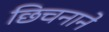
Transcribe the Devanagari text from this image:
छिचनाने